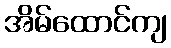
အိမ်ထောင်ကျ